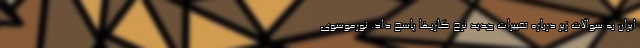
ایران به سوالات زیر درباره تغییرات جدید نرخ گازبها پاسخ داد. نورموسوی